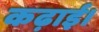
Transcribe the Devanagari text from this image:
कढ़ाई।